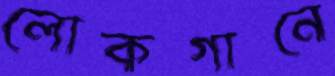
লোকগানে